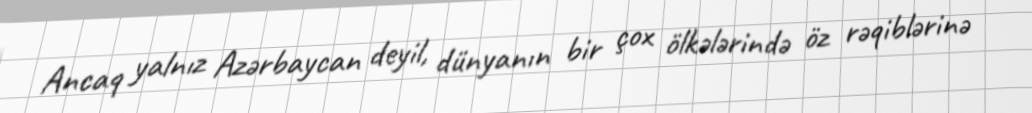
Ancaq yalnız Azərbaycan deyil, dünyanın bir çox ölkələrində öz rəqiblərinə